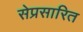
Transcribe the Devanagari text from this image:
सेप्रसारित